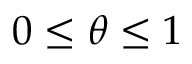
0 \leq \theta \leq 1